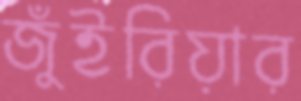
জুঁইরিয়ার